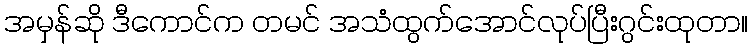
အမှန်ဆို ဒီကောင်က တမင် အသံထွက်အောင်လုပ်ပြီးဂွင်းထုတာ။